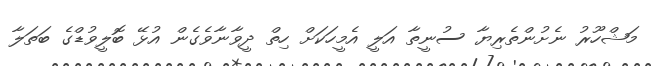
މަޝްހޫރު ނެށުންތެރިޔާ ސުނީތާ އަލީ އެމީހަކަށް ހިތް ދީވާނާވެގެން އުޅޭ ބޮލީވުޑްގެ ބަތަލާ